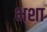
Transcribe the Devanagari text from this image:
भशा